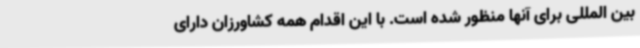
بین المللی برای آنها منظور شده است. با این اقدام همه کشاورزان دارای